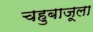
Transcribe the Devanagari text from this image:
चहुबाजूला